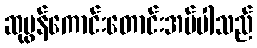
ဆုမွန်ကောင်းတောင်းအပ်ပါသည်